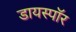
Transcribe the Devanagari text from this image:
डायस्पॉर